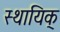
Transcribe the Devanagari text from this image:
स्थायिक्